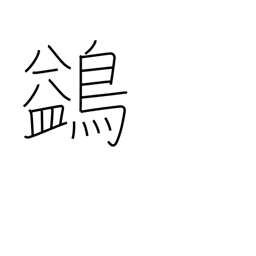
Meaning: waterfowl which flies high but not against the wind